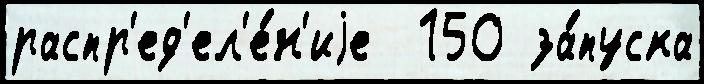
распр'ед'ел'е́н'иjе  150 за́пуска